Civil Veterinary Department Bengal reports 1923-33 - 1923-1933
Year: 1923
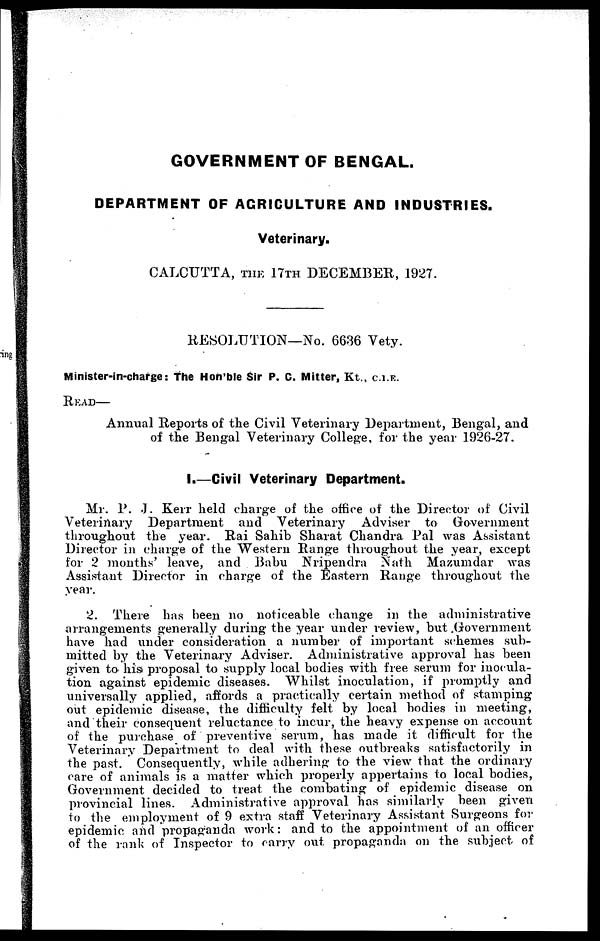
GOVERNMENT OF BENGAL.
DEPARTMENT OF AGRICULTURE AND INDUSTRIES.
Veterinary.
CALCUTTA, THE 17 TH DECEMBER, 1927.
RESOLUTION—No. 6636 Vety.
Minister-in-charge: the Hon'ble Sir P. C. Mitter, Kt., C.I.F.
READ—
Annual Reports of the Civil Veterinary Department, Bengal, and
of the Bengal Veterinary College, for the year 1926-27.
I.—Civil Veterinary Department.
Mr. P .J. Kerr held charge of the office of the Director of Civil
Veterinary Department and Veterinary Adviser to Government
throughout the year. Rai Sahib Sharat Chandra Pal was Assistant
Director in charge of the Western Range throughout the year, except
for 2 months' leave, and Babu Nripendra Nath Mazumdar was
Assistant Director in charge of the Eastern Range throughout the
year.
2. There has been no noticeable change in the administrative
arrangements generally during the year under review, but .Government
have had under consideration a number of important schemes sub-
mitted by the Veterinary Adviser. Administrative approval has been
given to his proposal to supply local bodies with free serum for inocula-
tion against epidemic diseases. Whilst inoculation, if promptly and
universally applied, affords a practically certain method of stamping
out epidemic disease, the difficulty felt by local bodies in meeting,
and their consequent reluctance to incur, the heavy expense on account
of the purchase of preventive serum, has made it difficult for the
Veterinary Department to deal with these outbreaks satisfactorily in
the past. Consequently, while adhering to the view that the ordinary
care of animals is a matter which properly appertains to local bodies,
Government decided to treat the combating of epidemic disease on
provincial lines. Administrative approval has similarly been given
to the employment of 9 extra staff Veterinary Assistant Surgeons for
epidemic and propaganda work: and to the appointment of an officer
of the rank of Inspector to carry out propaganda on the subject of